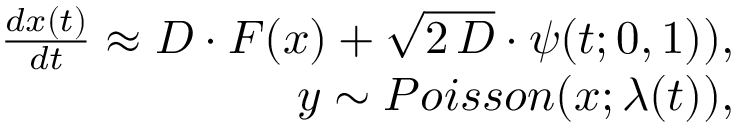
\begin{array} { r } { \frac { d x ( t ) } { d t } \approx D \cdot F ( x ) + \sqrt { 2 \, D } \cdot \psi ( t ; 0 , 1 ) ) , } \\ { y \sim P o i s s o n ( x ; \lambda ( t ) ) , } \end{array}